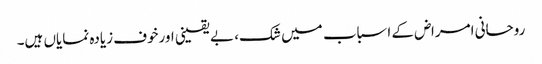
روحانی امراض کے اسباب میں شک، بے یقینی اورخوف زیادہ نمایاں ہیں۔